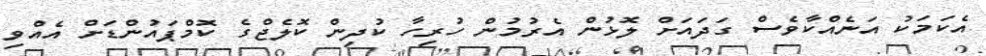
އެކަމަކު އަނެއްކާވެސް ގަދައަށް ލޮޅުން އެރުމުން ހުރިހާ ކުދިން ކޮލެޖްގެ ކޮމްޕައުންޑަށް އެއްވި